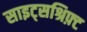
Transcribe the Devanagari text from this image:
साइट्सश्रिफ़्ट